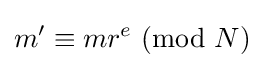
m'\equiv mr^{e}\ (\mathrm {mod} \ N)